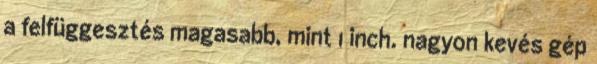
a felfüggesztés magasabb, mint 1 inch. nagyon kevés gép